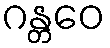
ဂန္တဝေ